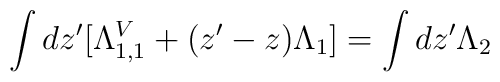
\int dz' [\Lambda _{1,1}^V + (z'-z)\Lambda _1 ]=\int dz' \Lambda _2